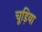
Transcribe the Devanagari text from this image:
चूड़िया